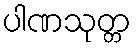
ပါဏသုတ္တ